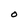
Character: O